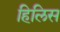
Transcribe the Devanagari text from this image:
हिलिस